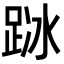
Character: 𨀰